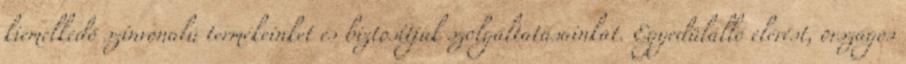
kiemelkedő színvonalú termékeinket és biztosítjuk szolgáltatásainkat. Egyedülálló elérést, országos